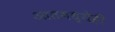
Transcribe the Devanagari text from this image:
आतमध्येही